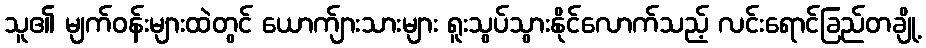
သူ၏ မျက်ဝန်းများထဲတွင် ယောက်ျားသားများ ရူးသွပ်သွားနိုင်လောက်သည့် လင်းရောင်ခြည်တချို့